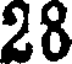
28